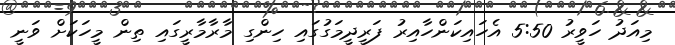
މިއަދު ހަވީރު 5:50 އެހައިކަންހާއިރު ފަރީދީމަގުގައި ހިންގި މާރާމާރީގައި ތިން މީހަކަށް ވަނީ